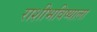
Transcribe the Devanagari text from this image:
राशीभविष्याला